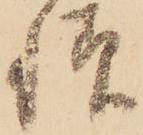
様